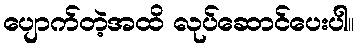
ပျောက်တဲ့အထိ လုပ်ဆောင်ပေးပါ။